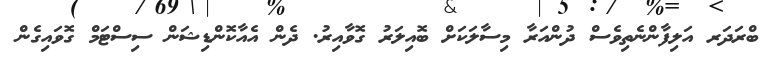
ބްރަދަރ އަލިފާންނެތިވެސް ދުންއަރާ މިސާލަކަށް ބޮއިލަރު ގޮވާއިރު. ދެން އެއާކޮންޑިޝަން ސިސްޓަމް ގޮވައިގެން